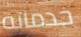
خدماته